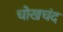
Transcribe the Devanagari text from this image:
चोखचंद